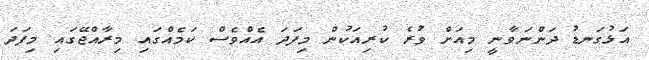
އަޅުގަނޑު ދަންނަވާނީ މިއަށް ވުރެ ކުރިއަކުން މިފަދަ އެއްވެސް ކަމެއްގައި މިރާއްޖޭގައި މިފަދަ